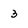
Character: 3